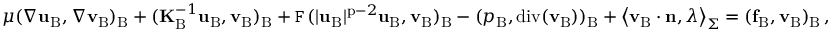
\mu ( \nabla \mathbf { u } _ { \mathrm { B } } , \nabla { \mathbf { v } } _ { \mathrm { B } } ) _ { \mathrm { B } } + ( \mathbf { K } _ { \mathrm { B } } ^ { - 1 } \mathbf { u } _ { \mathrm { B } } , { \mathbf { v } } _ { \mathrm { B } } ) _ { \mathrm { B } } + \mathtt { F } \, ( | \mathbf { u } _ { \mathrm { B } } | ^ { \mathrm { p } - 2 } \mathbf { u } _ { \mathrm { B } } , { \mathbf { v } } _ { \mathrm { B } } ) _ { \mathrm { B } } - ( p _ { \mathrm { B } } , \mathrm { d i v } ( { \mathbf { v } } _ { \mathrm { B } } ) ) _ { \mathrm { B } } + \left< { \mathbf { v } } _ { \mathrm { B } } \cdot { \mathbf { n } } , \lambda \right> _ { \Sigma } = ( \mathbf { f } _ { \mathrm { B } } , { \mathbf { v } } _ { \mathrm { B } } ) _ { \mathrm { B } } \, ,